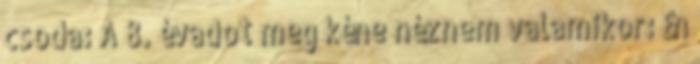
csoda: A 8. évadot meg kéne néznem valamikor: Én